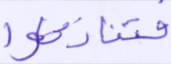
فتنازعوا